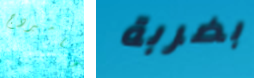
كامبردج بضربة